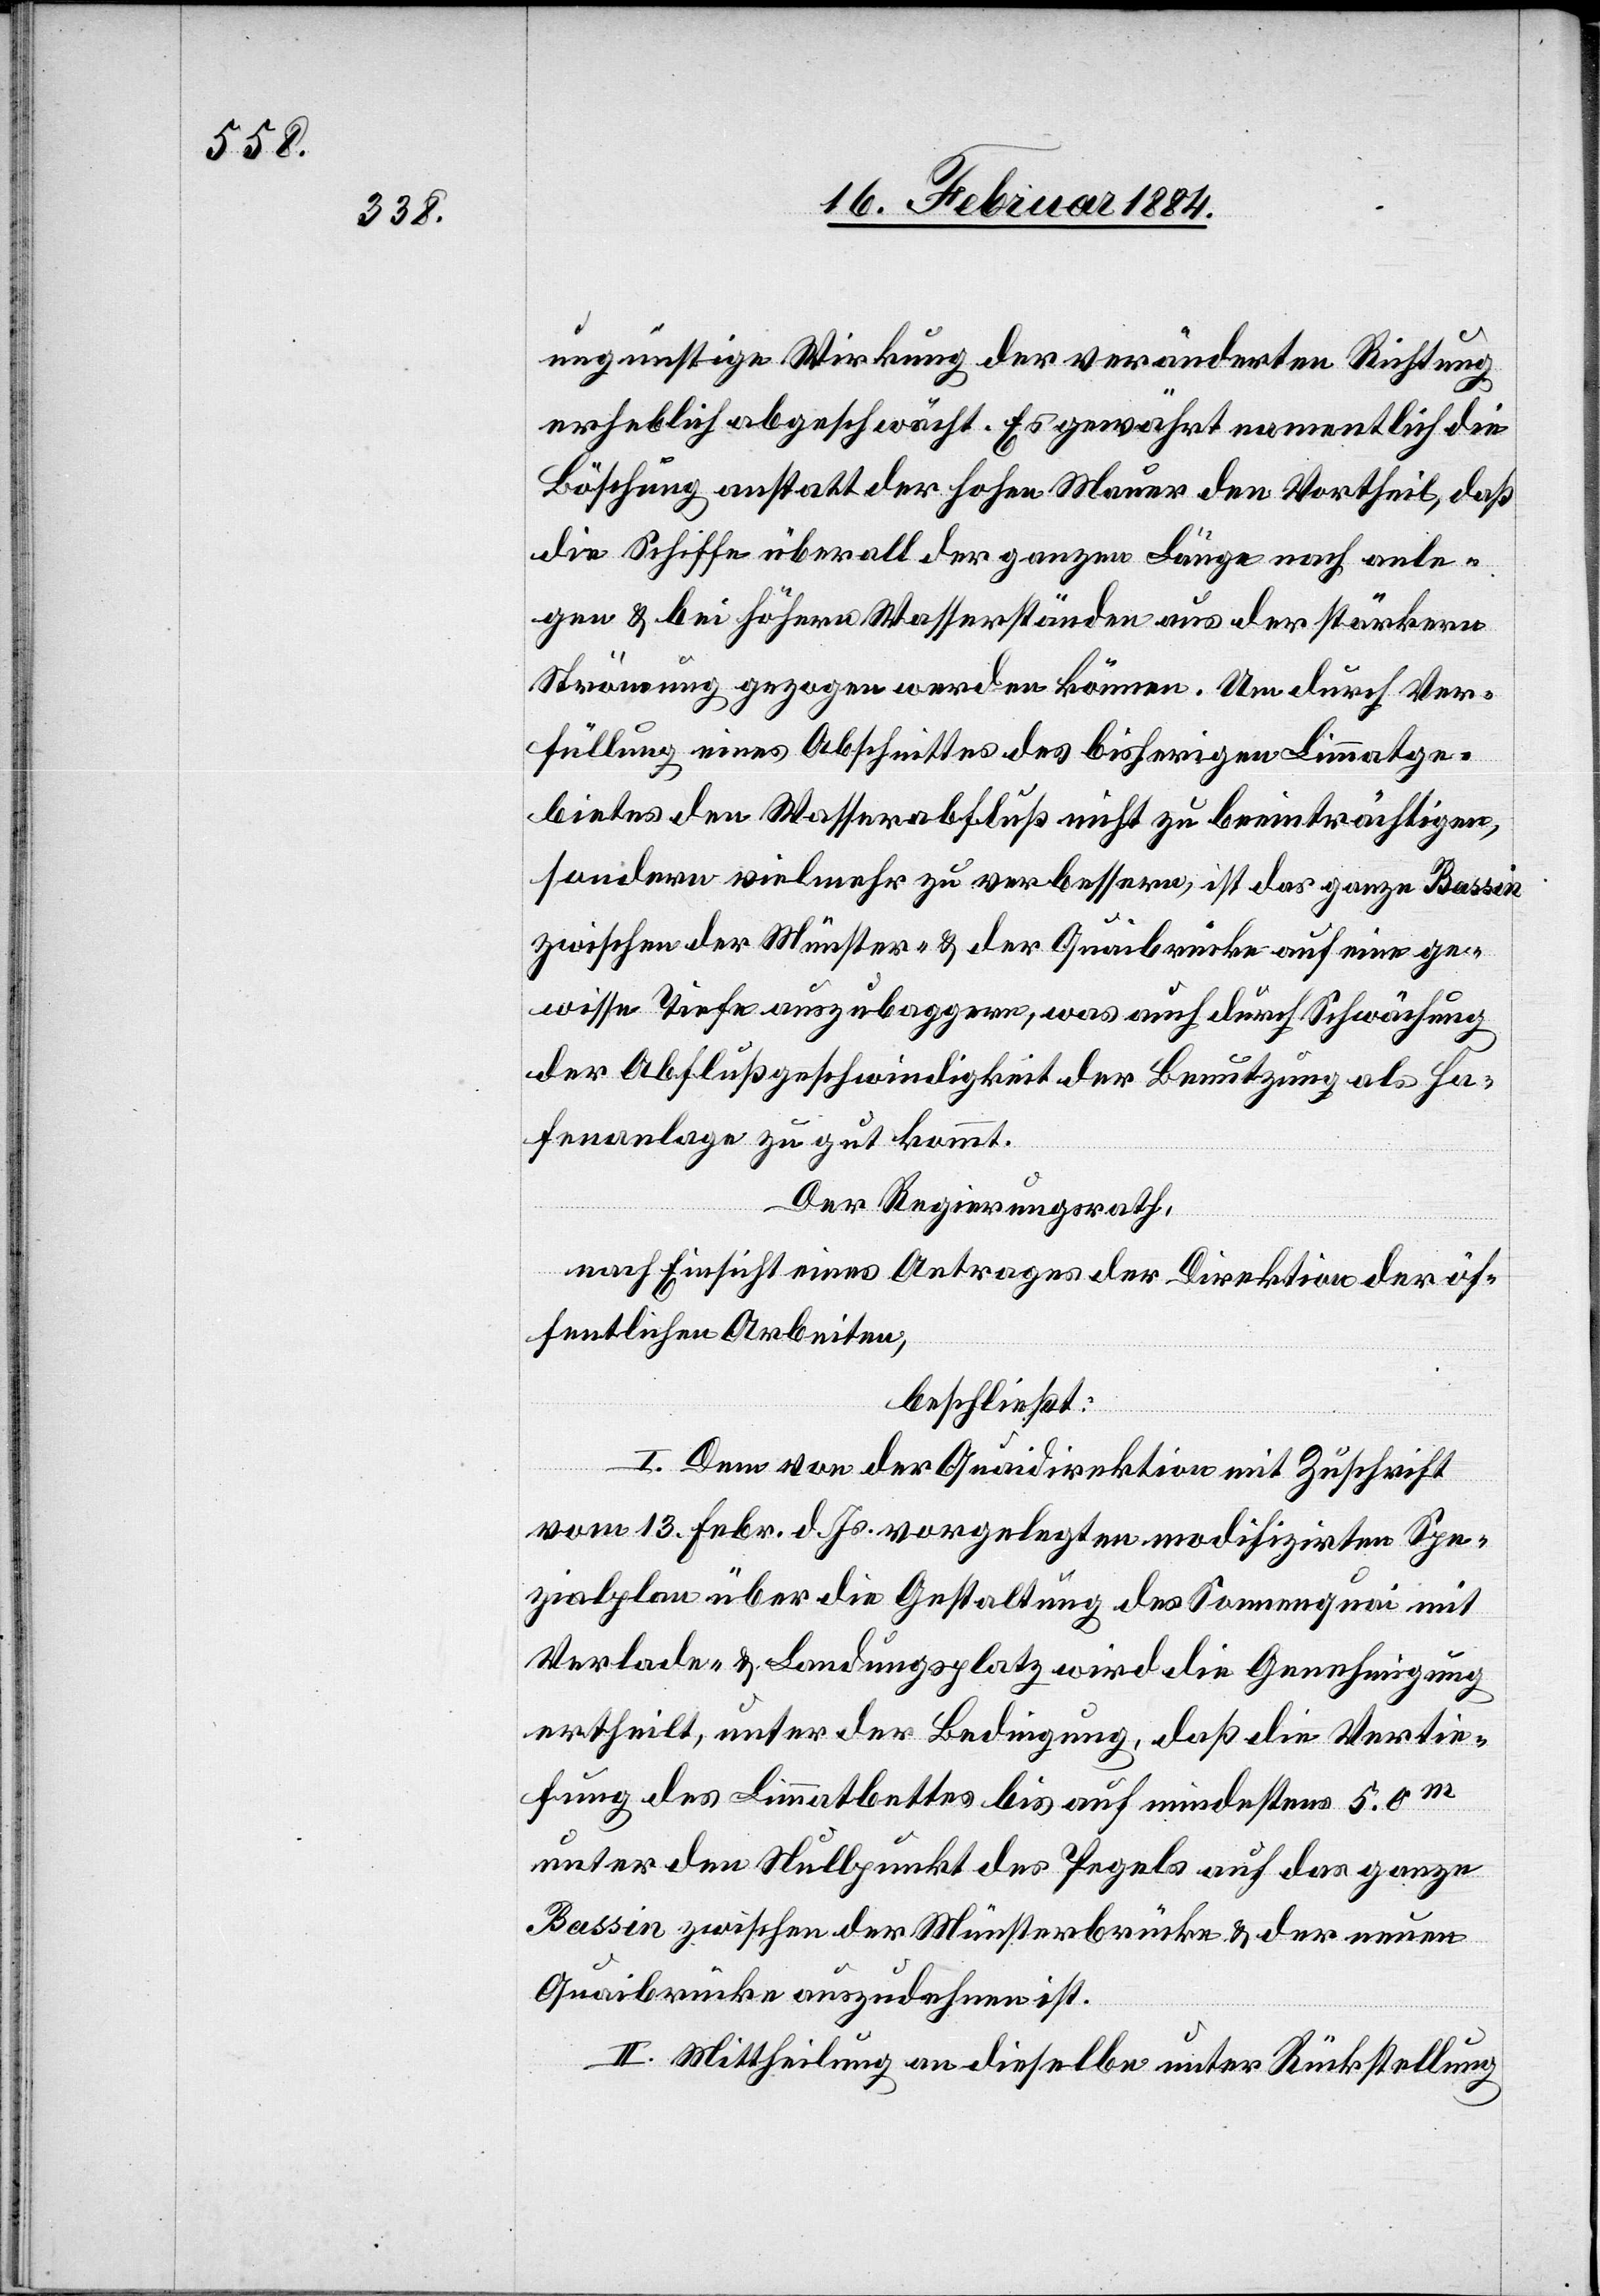
ungünstige Wirkung der veränderten Richtung
erheblich abgeschwächt. Es gewährt namentlich die
Böschung anstatt der hohen Mauer den Vortheil, daß
die Schiffe überall der ganzen Länge nach anle¬
gen & bei höhern Wasserständen aus der stärkeren
Strömung gezogen werden können. Um durch Ver¬
füllung eines Abschnittes des bisherigen Limmatge¬
bietes den Wasserabfluß nicht zu beeinträchtigen,
sondern vielmehr zu verbessern, ist der ganze Bassin
zwischen der Münster- & der Quaibrücke auf eine ge¬
wisse Tiefe auszubaggern, was auch durch Schwächung
der Abflußgeschwindigkeit der Benutzung als Ha¬
fenanlage zu gut kommt.
Der Regierungsrath,
nach Einsicht eines Antrages der Direktion der öf¬
fentlichen Arbeiten,
beschließt:
I. Dem von der Quaidirektion mit Zuschrift
vom 13. Febr. d. Js. vorgelegten modifizirten Spe¬
zialplan über die Gestaltung des Sonnenquai mit
Verlade- & Landungsplatz wird die Genehmigung
ertheilt, unter der Bedingung, daß die Vertie¬
fung des Limmatbetts bis auf mindesten 5,0m
unter den Nullpunkt des Pegels auf das ganze
Bassin zwischen der Münsterbrücke & der neuen
Quaibrücke auszudehnen ist.
II. Mittheilung an dieselbe unter Rückstellung